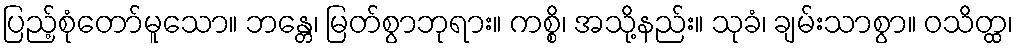
ပြည့်စုံတော်မူသော။ ဘန္တေ၊ မြတ်စွာဘုရား။ ကစ္စိ၊ အသို့နည်း။ သုခံ၊ ချမ်းသာစွာ။ ဝသိတ္ထ၊